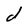
Character: d